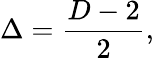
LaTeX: \Delta={\frac{D-2}{2}},